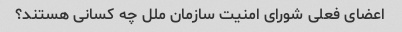
اعضای فعلی شورای امنیت سازمان ملل چه کسانی هستند؟